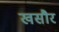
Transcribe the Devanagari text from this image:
खसौर